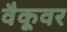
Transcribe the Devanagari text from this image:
वैकूवर